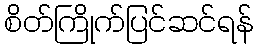
စိတ်ကြိုက်ပြင်ဆင်ရန်